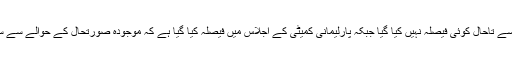
اپوزیشن کی سب سے بڑی جماعت ایم کیو ایم کی جانب سے تاحال کوئی فیصلہ نہیں کیا گیا جبکہ پارلیمانی کمیٹی کے اجلاس میں فیصلہ کیا گیا ہے کہ موجودہ صورتحال کے حوالے سے سندھ حکومت کے سامنے تحفظات کا اظہار کیا جائے گا۔